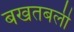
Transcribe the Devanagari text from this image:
बखतबली